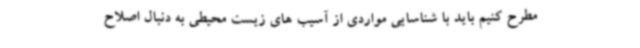
مطرح کنیم باید با شناسایی مواردی از آسیب های زیست محیطی به دنبال اصلاح